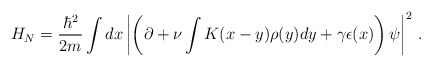
\begin{align*}H_N= \frac{\hbar^2}{2m} \int dx \left\vert\left(\partial+\nu\int K(x-y)\rho(y) dy +\gamma\epsilon(x)\right)\psi\right\vert^2\,.\end{align*}